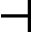
\dashv